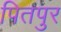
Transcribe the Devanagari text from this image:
पितपुर